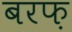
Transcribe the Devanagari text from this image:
बरफ़